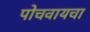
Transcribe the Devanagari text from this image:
पोचवायचा